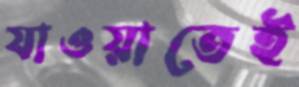
যাওয়াতেই